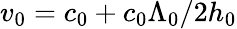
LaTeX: v_{0}=c_{0}+c_{0}\Lambda_{0}/2h_{0}